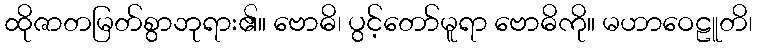
ထိုဇာတမြတ်စွာဘုရား၏။ ဗောဓိ၊ ပွင့်တော်မူရာ ဗောဓိကို။ မဟာဝေဠူတိ၊